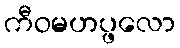
ကီဝမဟပ္ဖလော